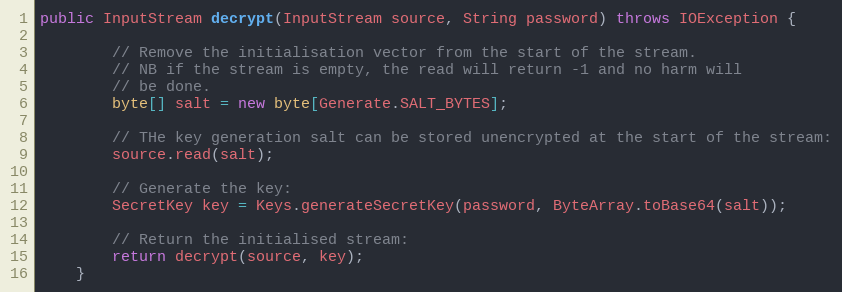
Language: Java
public InputStream decrypt(InputStream source, String password) throws IOException {

        // Remove the initialisation vector from the start of the stream.
        // NB if the stream is empty, the read will return -1 and no harm will
        // be done.
        byte[] salt = new byte[Generate.SALT_BYTES];

        // THe key generation salt can be stored unencrypted at the start of the stream:
        source.read(salt);

        // Generate the key:
        SecretKey key = Keys.generateSecretKey(password, ByteArray.toBase64(salt));

        // Return the initialised stream:
        return decrypt(source, key);
    }